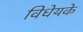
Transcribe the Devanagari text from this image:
विधेयके